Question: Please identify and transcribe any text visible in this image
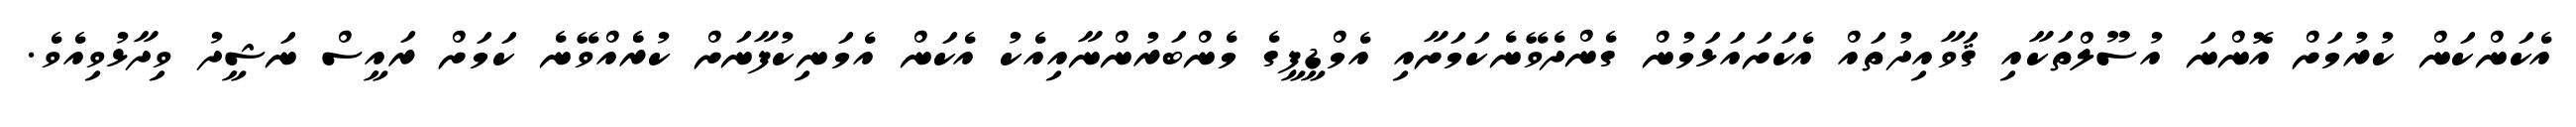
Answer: އެކަންކަން ކުރުމަށް އޮންނަ އުސޫލްތަކާއި ޤަވާއިދުތައް އެކަށައަޅަމުން ގެންދެވޭނެކަމަށާއި އެމްޑީޕީގެ މެންބަރުންނާއިއެކު އެކަން އެމަނިކުފާނަށް ކުރެެއްވޭނެ ކަމަށް ރައީސް ނަޝީދު ވިދާޅުވިއެވެ.